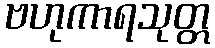
ဗဟုကာရသုတ္တ